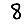
Digit: 8